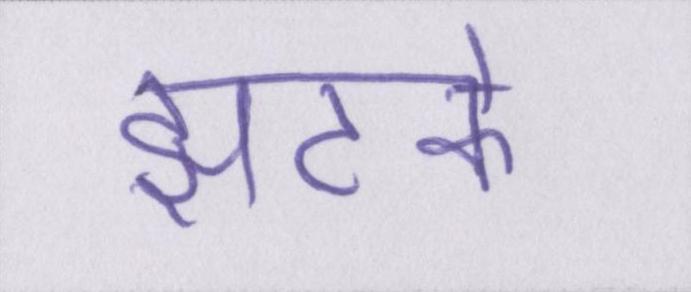
झटके